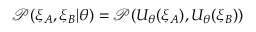
\mathcal { P } ( \xi _ { A } , \xi _ { B } | \theta ) = \mathcal { P } ( U _ { \theta } ( \xi _ { A } ) , U _ { \theta } ( \xi _ { B } ) )